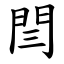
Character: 閆